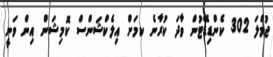
ޖުމްލަ 302 ކެންޑިޑޭޓުން ވާދަ ކުރާނެ ކމަށް އިލެކްޝަންސް ކޮމިޝަން އިން ވަނީ